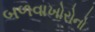
બળવાખોરોનો